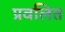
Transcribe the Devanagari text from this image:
प्रवलित